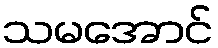
သမအောင်